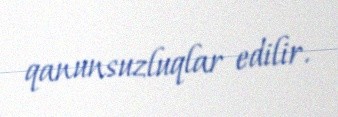
qanunsuzluqlar edilir.